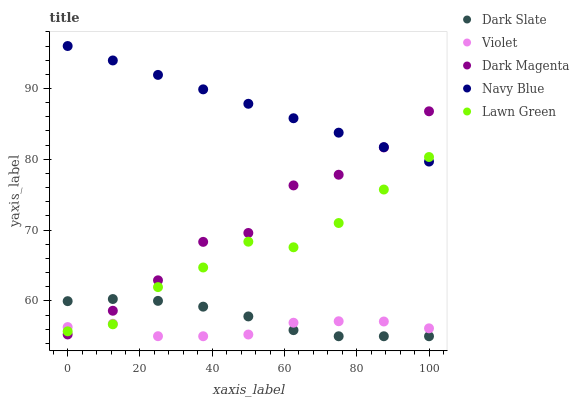
| xaxis_label | Dark Slate | Violet | Dark Magenta | Navy Blue | Lawn Green |
 | --- | --- | --- | --- | --- | --- |
 | 0 | 60 | 56.3 | 55.3 | 96 | 55.7 |
 | 12.5 | 60.3 | 56.8 | 58.6 | 94 | 56.7 |
 | 25 | 60 | 55 | 62.9 | 91.9 | 61.9 |
 | 37.5 | 59.2 | 55 | 68.3 | 89.9 | 64.7 |
 | 50 | 57.8 | 55.2 | 69.6 | 87.8 | 68.4 |
 | 62.5 | 55.9 | 56.9 | 76.3 | 85.8 | 67.6 |
 | 75 | 55 | 57.1 | 77.8 | 83.8 | 71 |
 | 87.5 | 55 | 57.1 | 81.7 | 81.7 | 75.7 |
 | 100 | 55 | 56.1 | 86.8 | 79.7 | 80.3 |